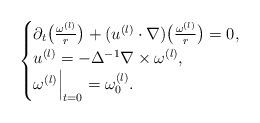
LaTeX: \begin{align*} \begin{cases} \partial_t \bigl( \frac {\omega^{(l)}} r \bigr) + (u^{(l)} \cdot \nabla) \bigl( \frac {\omega^{(l)}} r \bigr) =0, \\ u^{(l)} = -\Delta^{-1} \nabla \times \omega^{(l)}, \\ \omega^{(l)}\Bigr|_{t=0}=\omega_0^{(l)}. \end{cases}\end{align*}